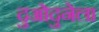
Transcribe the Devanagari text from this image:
दुओदुनेला